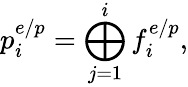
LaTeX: p_{i}^{e/p}=\bigoplus_{j=1}^{i}f_{i}^{e/p},